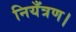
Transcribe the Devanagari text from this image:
नियँत्रण।